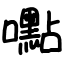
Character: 嚸